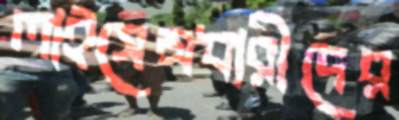
লাইসেন্সধারীদের